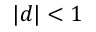
\vert d \vert < 1